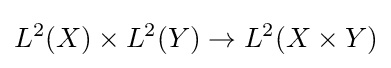
L^{2}(X)\times L^{2}(Y)\to L^{2}(X\times Y)